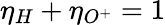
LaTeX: \eta_{H}+\eta_{O^{+}}=1